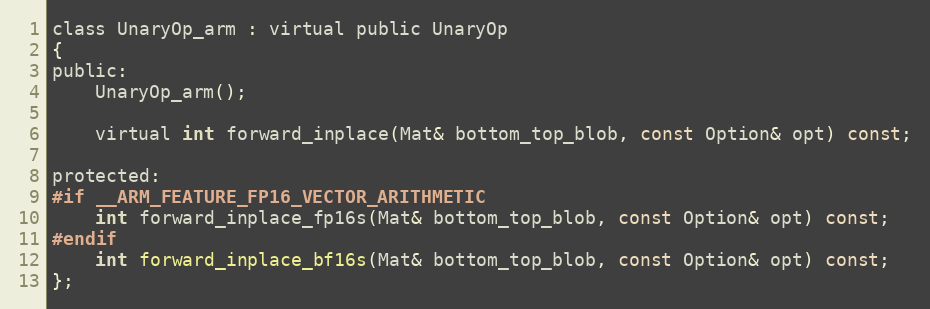
Language: C
class UnaryOp_arm : virtual public UnaryOp
{
public:
    UnaryOp_arm();

    virtual int forward_inplace(Mat& bottom_top_blob, const Option& opt) const;

protected:
#if __ARM_FEATURE_FP16_VECTOR_ARITHMETIC
    int forward_inplace_fp16s(Mat& bottom_top_blob, const Option& opt) const;
#endif
    int forward_inplace_bf16s(Mat& bottom_top_blob, const Option& opt) const;
};